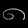
Digit: ၈